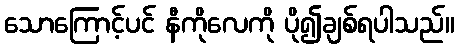
သောကြောင့်ပင် နီကိုလေကို ပို၍ချစ်ရပါသည်။